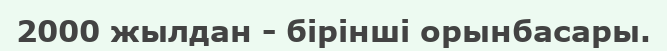
2000 жылдан - бірінші орынбасары.